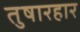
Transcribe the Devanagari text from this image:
तुषारहार